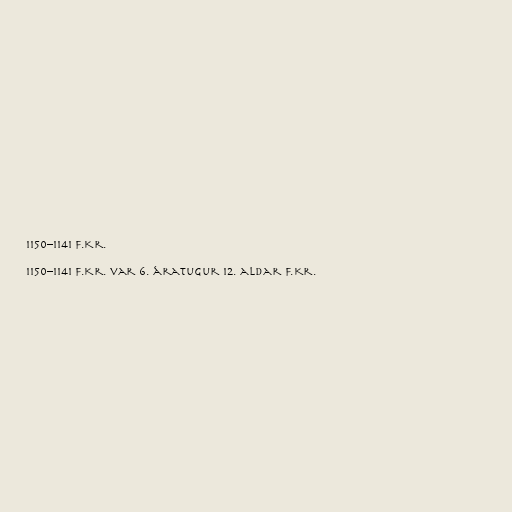
1150–1141 f.Kr.

1150–1141 f.Kr. var 6. áratugur 12. aldar f.Kr.